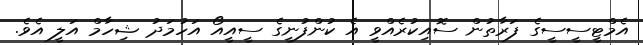
އެމްޓީސީސީގެ ފަރާތުން ސޮއިކުރެއްވީ އެ ކުންފުނީގެ ސީއީއޯ އަހުމަދު ޝިހާމް އަލީ އެވެ.